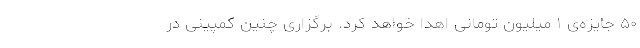
۵۰ جایزه‌ی ۱ میلیون تومانی اهدا خواهد کرد. برگزاری چنین کمپینی در